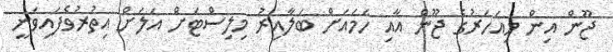
ޖޫން އިން މިއަހަރުގެ ޖޫން އާއި ހަމައަށް ބަލާއިރު މިލިސްޓަށް އަލަށް އިތުރުވެފައިވަނީ